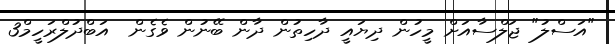
"އަސްލު" ޖަލްސާއަށް މީހުން ދިޔައީ ދާހިތުން ދާން ބޭނުން ވެގެން  އަބްދުލްރަހީމް3